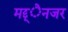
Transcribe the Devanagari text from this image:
मद्द्ेनजर